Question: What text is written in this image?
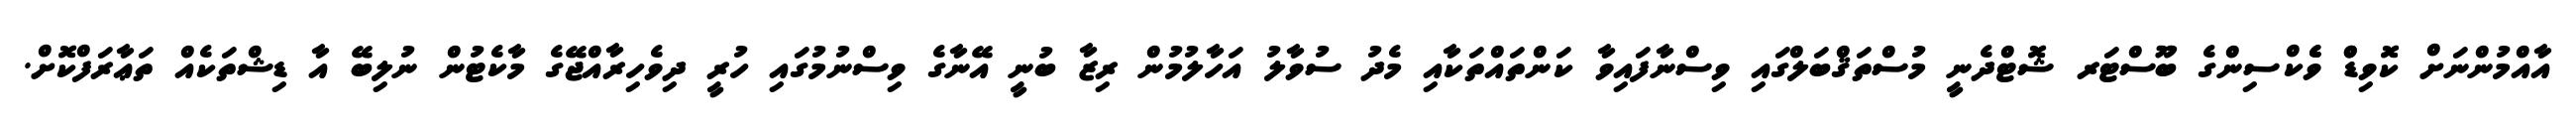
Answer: އާއްމުންނަށް ކޮވިޑްް ވެެކްސިންގެ ބޫސްޓަރ ޝޮޓްދެނީ މުސްތަޤްބަލްގައި ވިސްނާފައިވާ ކަންތައްތަކާއި މެދު ސުވާލު އަހާލުމުން ރިޒާ ބުނީ އޭނާގެ ވިސްނުމުގައި ހުރީ ދިވެހިރާއްޖޭގެ މާކެޓުން ނުލިބޭ އާ ޑިޝްތަކެއް ތަޢާރަފްކޮށް.